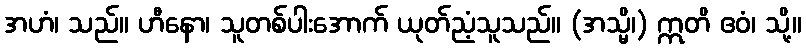
အဟံ၊ သည်။ ဟီနော၊ သူတစ်ပါးအောက် ယုတ်ညံ့သူသည်။ (အသ္မိ၊) ဣတိ ဧဝံ၊ သို့။